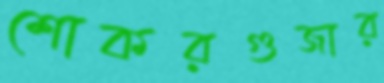
শোকরগুজার